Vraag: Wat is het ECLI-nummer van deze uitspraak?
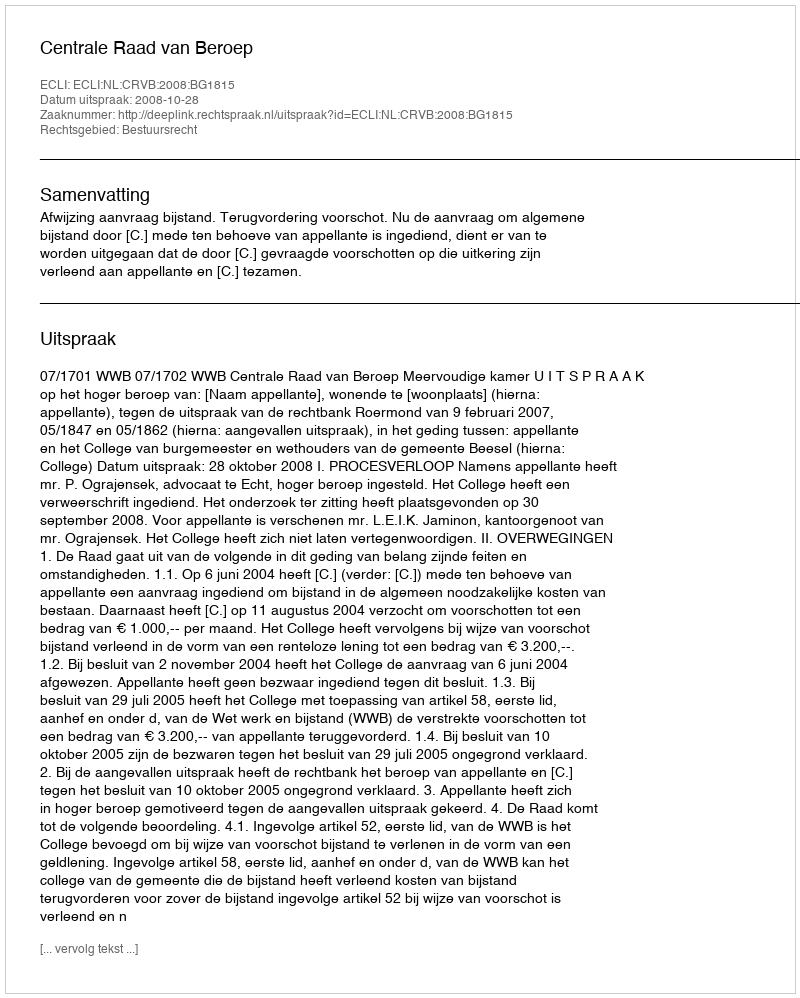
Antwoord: ECLI:NL:CRVB:2008:BG1815